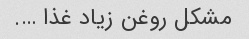
مشکل روغن زیاد غذا ….